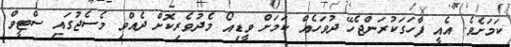
ކަމަށެވެ. އެއީ ފާހަގަކުރަންޖެހޭ ދުވަހެއް ކަމަށް ވީޑިއޯ މެދުވެރިކޮށް ދެއްވި މެސެޖުގައި ސްޓީވް